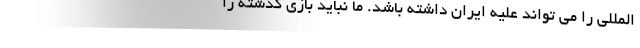
المللی را می تواند علیه ایران داشته باشد. ما نباید بازی گذشته را